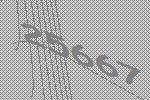
25667